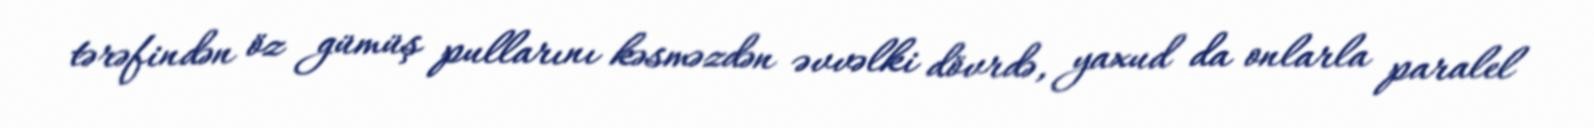
tərəfindən öz gümüş pullarını kəsməzdən əvvəlki dövrdə, yaxud da onlarla paralel